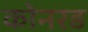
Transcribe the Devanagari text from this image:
कोनरड